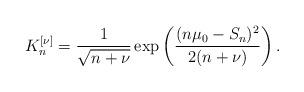
LaTeX: \begin{align*} K^{[\nu]}_{n} = \frac{1}{\sqrt{n+\nu}}\exp\left( \frac{(n\mu_0 - S_{n})^2}{2(n+\nu)} \right).\end{align*}